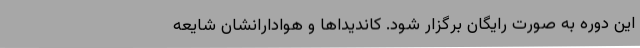
این دوره به صورت رایگان برگزار شود. کاندیداها و هوادارانشان شایعه